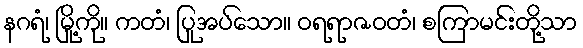
နဂရံ၊ မြို့ကို။ ကတံ၊ ပြုအပ်သော။ ဝရရာဇဝတံ၊ စကြာမင်းတို့သာ